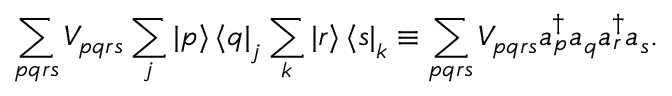
\sum _ { p q r s } V _ { p q r s } \sum _ { j } \mathinner { | { p } \rangle } \mathinner { \langle { q } | } _ { j } \sum _ { k } \mathinner { | { r } \rangle } \mathinner { \langle { s } | } _ { k } \equiv \sum _ { p q r s } V _ { p q r s } a _ { p } ^ { \dagger } a _ { q } a _ { r } ^ { \dagger } a _ { s } .